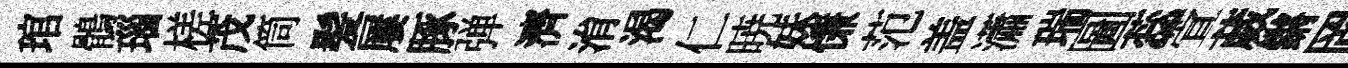
琯鶻瑙槎茂筒髪屢䐁弹濟㳙渴仁暁妹慊范盖瀟瑞圖蕊萱葳鏘罔